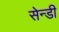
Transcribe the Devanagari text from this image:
सेन्डी